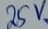
Text: 25V